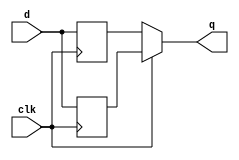
module top_module (
    input clk,
    input d,
    output q
);
    reg q_pedge,q_nedge;
    always @(posedge clk)begin
        q_pedge<=d;
    end
    always @(negedge clk)begin
        q_nedge <=d;
    end
    assign q=clk?q_pedge:q_nedge;

endmodule